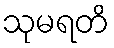
သုမရတိ